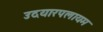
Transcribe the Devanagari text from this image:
उदयारपलायम